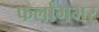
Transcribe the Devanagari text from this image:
फर्लांगभर